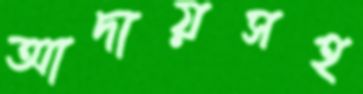
আদায়সহ